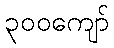
၃၀၀ကျော်